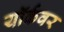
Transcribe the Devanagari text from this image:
यॉर्कवर